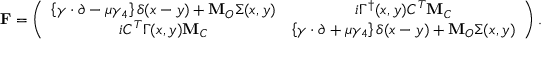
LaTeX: { \bf F } = \left( \begin{array} { c c } { { \left\{ \gamma \cdot { \partial } - \mu \gamma _ { 4 } \right\} \delta ( x - y ) + { \bf M } _ { O } \Sigma ( x , y ) } } & { { i \Gamma ^ { \dagger } ( x , y ) C ^ { T } { \bf M } _ { C } } } \\ { { i C ^ { T } \Gamma ( x , y ) { \bf M } _ { C } } } & { { \left\{ \gamma \cdot { \partial } + \mu \gamma _ { 4 } \right\} \delta ( x - y ) + { \bf M } _ { O } \Sigma ( x , y ) } } \end{array} \right) .